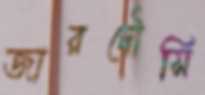
জারদৌসি